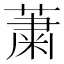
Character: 䔥